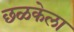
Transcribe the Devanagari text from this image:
छळकेला